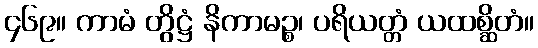
၄၆၉။ ကာမံ တွိဋ္ဌံ နိကာမဉ္စ၊ ပရိယတ္တံ ယထစ္ဆိတံ။